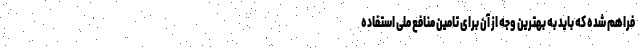
فراهم شده که باید به بهترین وجه از آن برای تامین منافع ملی استفاده